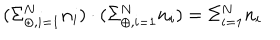
LaTeX: ( \Sigma _ { \oplus , i = 1 } ^ { N } { \bf n } _ { i } ) \cdot ( \Sigma _ { \oplus , i = 1 } ^ { N } { \bf n } _ { i } ) = \Sigma _ { i = 1 } ^ { N } n _ { i }